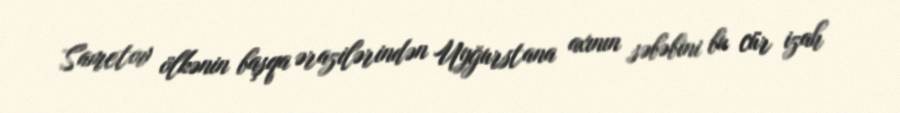
Sametov ölkənin başqa ərazilərindən Uyğurstana axının səbəbini bu cür izah